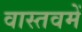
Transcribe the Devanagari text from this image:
वास्तवमें